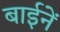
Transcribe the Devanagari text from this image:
बाईनें